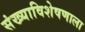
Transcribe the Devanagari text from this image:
संख्याविशेषणाला